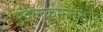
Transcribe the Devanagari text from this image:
पदानुक्रमानुसार